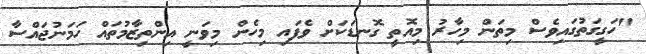
"ހަގީގަތުގައިވެސް މިތަން މިހާރު މިއޮތީ ގޮނޑަކަށް ވެފައި މިހެން މިވަނީ އިންތިޒާމުތައް ހަމަނުޖައްސާ